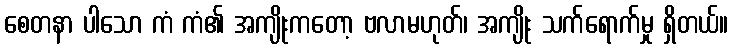
စေတနာ ပါသော ကံ ကံ၏ အကျိုးကတော့ ဗလာမဟုတ်၊ အကျိုး သက်ရောက်မှု ရှိတယ်။